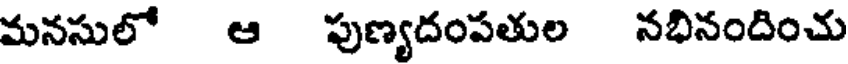
మనసులో ఆ పుణ్యదంపతుల నభినందించు